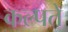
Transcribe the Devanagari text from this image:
कल्पते